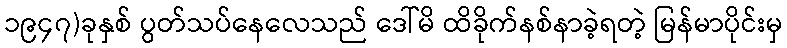
၁၉၄၇)ခုနှစ် ပွတ်သပ်နေလေသည် ဒေါ်မိ ထိခိုက်နစ်နာခဲ့ရတဲ့ မြန်မာပိုင်းမှ